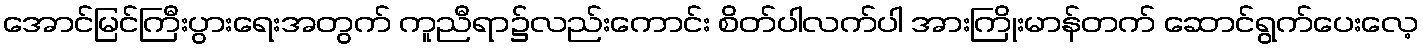
အောင်မြင်ကြီးပွားရေးအတွက် ကူညီရာ၌လည်းကောင်း စိတ်ပါလက်ပါ အားကြိုးမာန်တက် ဆောင်ရွက်ပေးလေ့